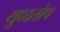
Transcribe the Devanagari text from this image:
युध्दतोप